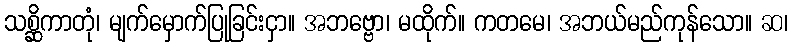
သစ္ဆိကာတုံ၊ မျက်မှောက်ပြုခြင်းငှာ။ အဘဗ္ဗော၊ မထိုက်။ ကတမေ၊ အဘယ်မည်ကုန်သော။ ဆ၊